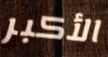
الأكبر